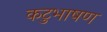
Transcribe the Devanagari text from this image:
कटुभाषण